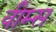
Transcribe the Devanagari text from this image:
वीम्स